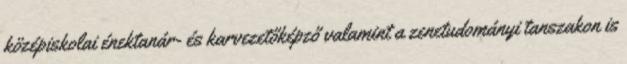
középiskolai énektanár- és karvezetőképző valamint a zenetudományi tanszakon is